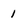
Character: 1